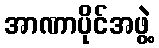
အာဏာပိုင်အဖွဲ့